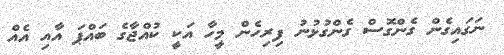
ނަގައިގެން ގެންގޮސް ގެންގުޅުނު ފިރިހެން މީހާ އަކީ ކުއްޖާގެ ބައްޕަ އާއި އެއް